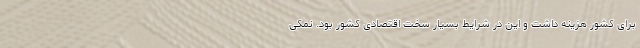
برای کشور هزینه داشت و این در شرایط بسیار سخت اقتصادی کشور بود. نمکی